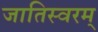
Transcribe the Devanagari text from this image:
जातिस्वरम्